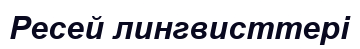
Ресей лингвисттері